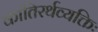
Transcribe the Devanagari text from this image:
कांतिरर्थव्यक्तिः